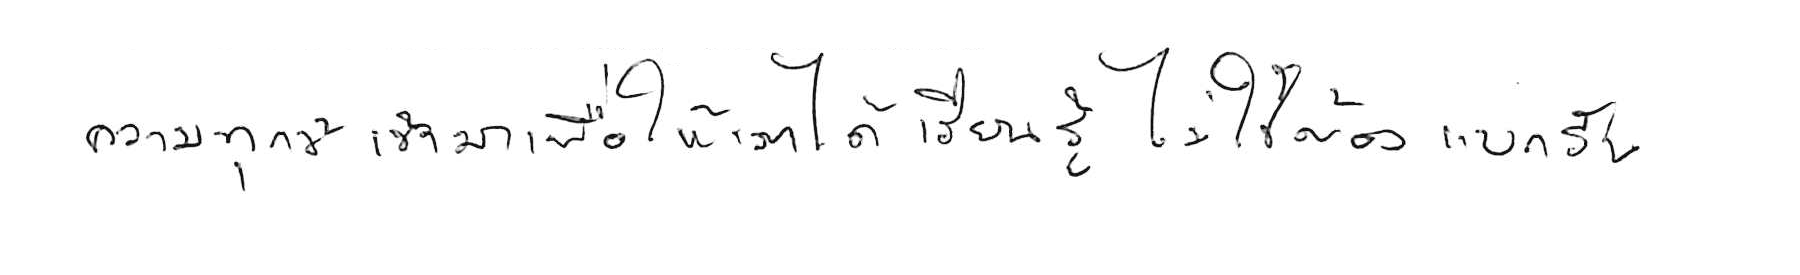
ความทุกข์ เข้ามาเพื่อให้เราได้ เรียนรู้ ไม่ใช่ต้อง แบกรับ